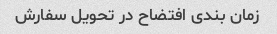
زمان بندی افتضاح در تحویل سفارش